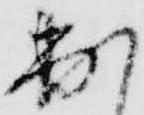
出